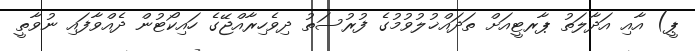
ޕީ) އާއި އަދާލަތު ޕާރޓީއަށް ތަދައްޚުލުވުމުގެ ފުރުސަތު ދިވެހިރާއްޖޭގެ ހައިކޯޓުން ދެއްވާފައި ނުވާތީ